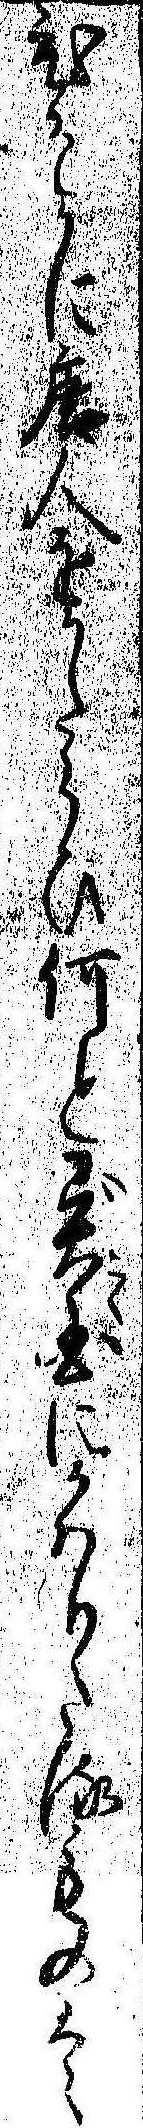
ひそかに唐人をかたらひ何と異国にかはりたるものは